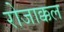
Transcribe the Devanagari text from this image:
रोजाक्कल